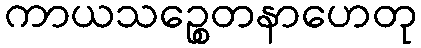
ကာယသဉ္စေတနာဟေတု